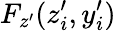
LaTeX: F_{z^{\prime}}(z_{i}^{\prime},y_{i}^{\prime})